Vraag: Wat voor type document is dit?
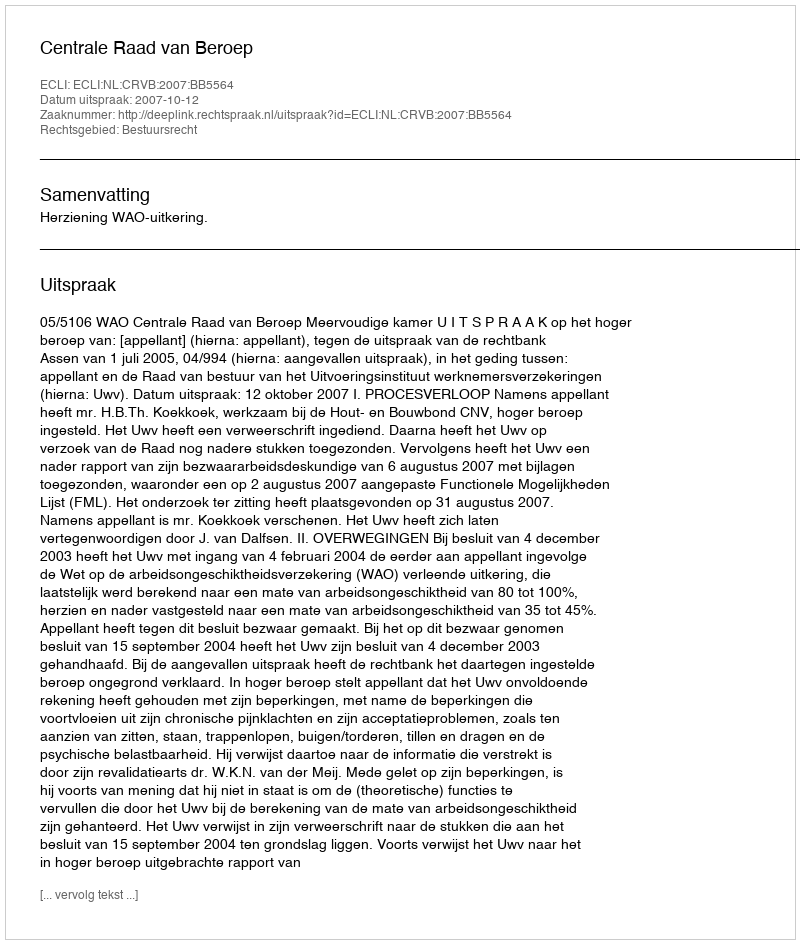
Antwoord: Uitspraak